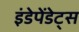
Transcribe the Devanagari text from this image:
इंडेपेंडेट्स